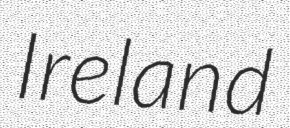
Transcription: Ireland